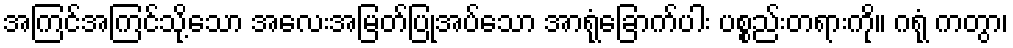
အကြင်အကြင်သို့သော အလေးအမြတ်ပြုအပ်သော အာရုံခြောက်ပါး ပစ္စည်းတရားကို။ ဂရုံ ကတွာ၊